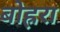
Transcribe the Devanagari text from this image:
बोह्ररा